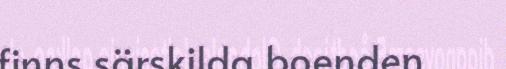
finns särskilda boenden